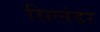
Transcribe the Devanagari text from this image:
सिलंडर